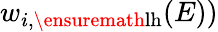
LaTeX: w_{i,\ensuremath{\mathrm{lh}}}(E))